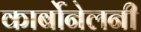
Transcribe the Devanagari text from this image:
कार्बोनेलनी